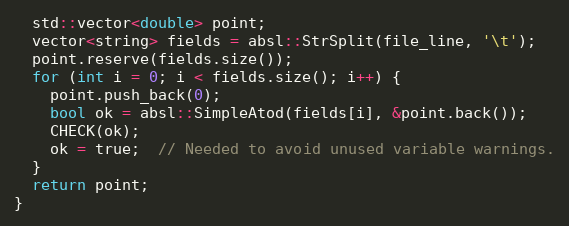
Language: C++
  std::vector<double> point;
  vector<string> fields = absl::StrSplit(file_line, '\t');
  point.reserve(fields.size());
  for (int i = 0; i < fields.size(); i++) {
    point.push_back(0);
    bool ok = absl::SimpleAtod(fields[i], &point.back());
    CHECK(ok);
    ok = true;  // Needed to avoid unused variable warnings.
  }
  return point;
}